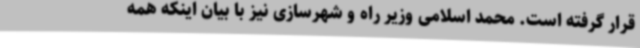
قرار گرفته است. محمد اسلامی وزیر راه و شهرسازی نیز با بیان اینکه همه